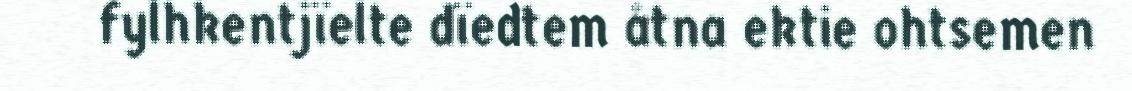
fylhkentjïelte dïedtem åtna ektie ohtsemen